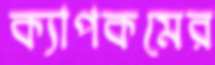
ক্যাপকমের